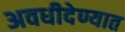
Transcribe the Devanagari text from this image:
अवधीदेण्यात